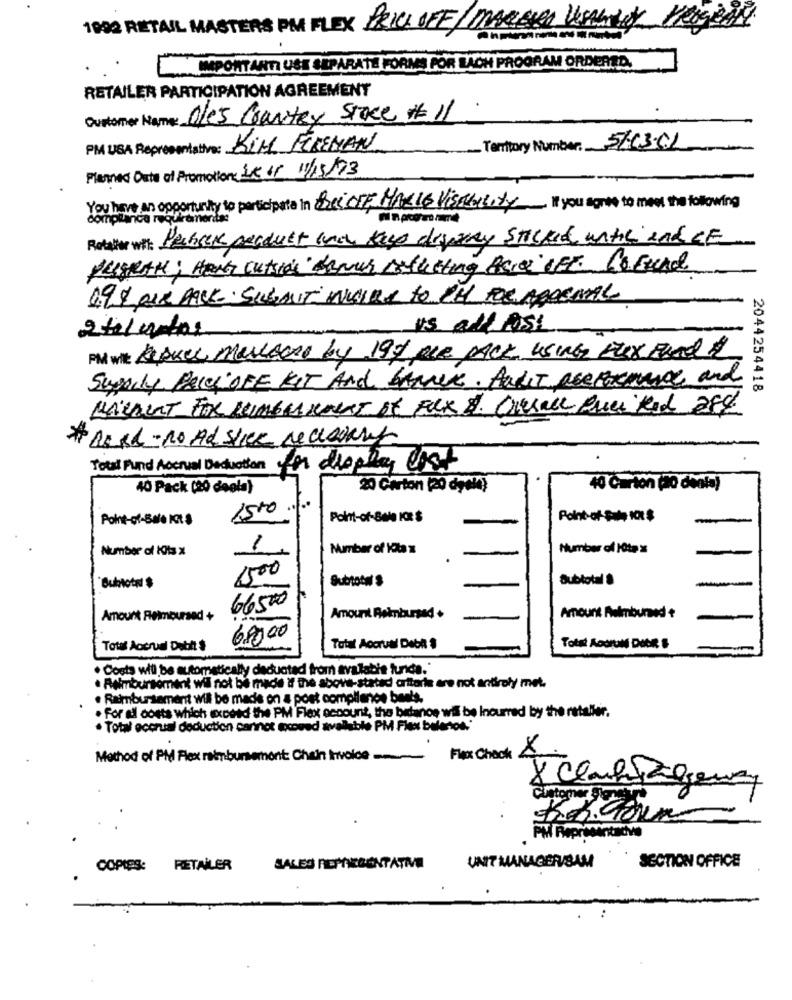
1000 RETAIL MASTERS PM FLEX PRICI DEE /MARIENA VOSAUN
.IMPORTANTI USE SEPARATE FORM FOR LACH PROGRAM ORDERED.
RETAILER PARTICIPATION AGREEMENT
Customer Name: Dles Ceartey Stoce #11
PM USA Representative: KIM FIREMAN
Tanttory Number: 5/13.01
Planned Date of Promotion: 18 61 11/15/73
You have an opportunity to participate in BeiOFF MALIG Visadeity If you agree to meet the following
complanca requiremorda:
Refather wit: Peber perdust inch kayo diary STICKLE until end LE
4.9 % OUR PALL SIGMIT INGIME TO CH POR ADORNAL
us all post
PM wit RAKer MarrecAT by 199 OLE PACK USING EUX FOR 1
Supply PRICH OFE KIT And Banner. AndIT are Formance and
2044254418
*Dash - no Ad Stick recovery
Total Fund Accrual Deduction In display cost
40 Pack (20 deola)
20 Carton (20 dynia)
40 Carton (20 deals)
15to.
Point-of-Balo It
Point-of-Bala ICE $
Point-of- Sale K0 $
Number of Hits X
1
Number of Ka x
Number of HOtax
1500
Subtotal $
Subtotal
Subtotal $
66500
Amount Reimbursed +
Amount Reimbursed +
Amount Mulmburned +
68,00
Total Accrual Dobit $
Total Accrual Debh $
Total Andrun DOCR &
· Costa will be automatically deducted from avalabis turida."
. Reimbursement will not be made if the above-statad aritorie are not antiroly met.
. Reimbursement will be made on a post compliance ben's.
. For all costs which exceed the PM Flex account, the bidanoe wil be Incurred by the rataller.
. Total eccrusi deduction cannot exceed avallable PM Flex belentos!'
Flex Chack 8
Method of PM Flex reimbursement: Chain Irivoice
SECTION OFFICE
COPIES: RETAILER
UNIT MANAGER/SAM